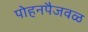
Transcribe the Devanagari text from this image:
पोहनपैजवळ